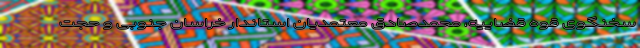
سخنگوی قوه قضاییه، محمدصادق معتمدیان استاندار خراسان جنوبی و حجت‌